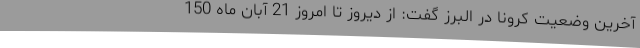
آخرین وضعیت کرونا در البرز گفت: از دیروز تا امروز 21 آبان ماه 150